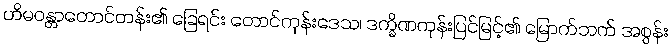
ဟိမဝန္တာတောင်တန်း၏ ခြေရင်း တောင်ကုန်းဒေသ၊ ဒက္ခိဏကုန်းပြင်မြင့်၏ မြောက်ဘက် အစွန်း